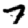
Digit: 7